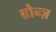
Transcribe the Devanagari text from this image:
ब्रौन्ज़